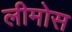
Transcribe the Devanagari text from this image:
लीमोस